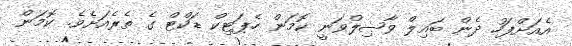
އެއަށްފަހު ދެން ބައިލް ވާޞިލްވަނީ ކޮމަން ހެޕަޓިކް ޑަކްޓް ގެ ތެރެއަށެވެ. ކޮމަން